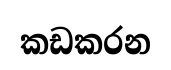
කඩකරන